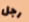
رجل